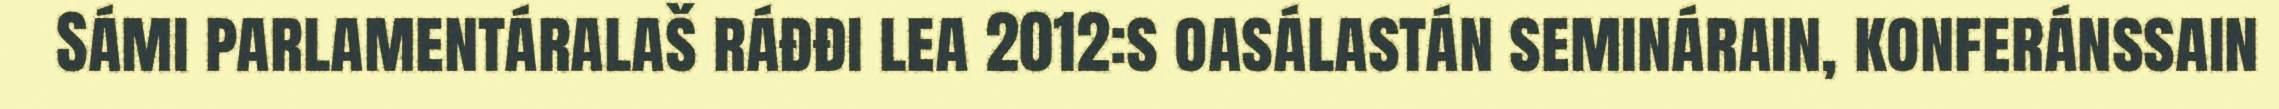
Sámi parlamentáralaš ráđđi lea 2012:s oasálastán seminárain, konferánssain